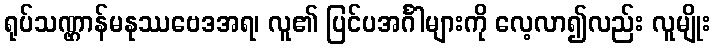
ရုပ်သဏ္ဌာန်မနုဿဗေဒအရ၊ လူ၏ ပြင်ပအင်္ဂါများကို လေ့လာ၍လည်း လူမျိုး